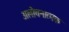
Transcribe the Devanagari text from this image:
अलोचनात्मक